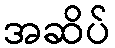
အဆိပ်